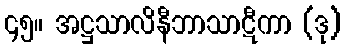
၄၅။ အဋ္ဌသာလိနီဘာသာဋီကာ (ဒု)